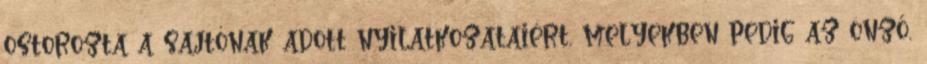
ostorozta a sajtónak adott nyilatkozataiért, melyekben pedig az önző,